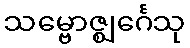
သမ္ဗောဇ္ဈင်္ဂေသု